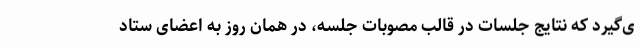
ی‌گیرد که نتایج جلسات در قالب مصوبات جلسه، در همان روز به اعضای ستاد